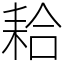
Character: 耠